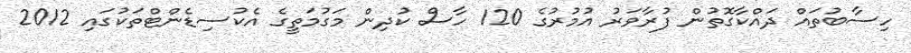
ހިސާބުތައް ދައްކާގޮތުން ފުރާވަރު އުމުރުގެ 120 ހާސް ކުދިން މަގުމަތީގެ އެކުސިޑެންޓްތަކުގައި 2012